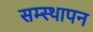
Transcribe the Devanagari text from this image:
सम्स्थापन